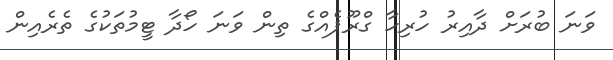
ވަނަ ބުރަށް ދާއިރު ހުރިހާ ގްރޫޕެއްގެ ތިން ވަނަ ހޯދާ ޓީމުތަކުގެ ތެރެއިން